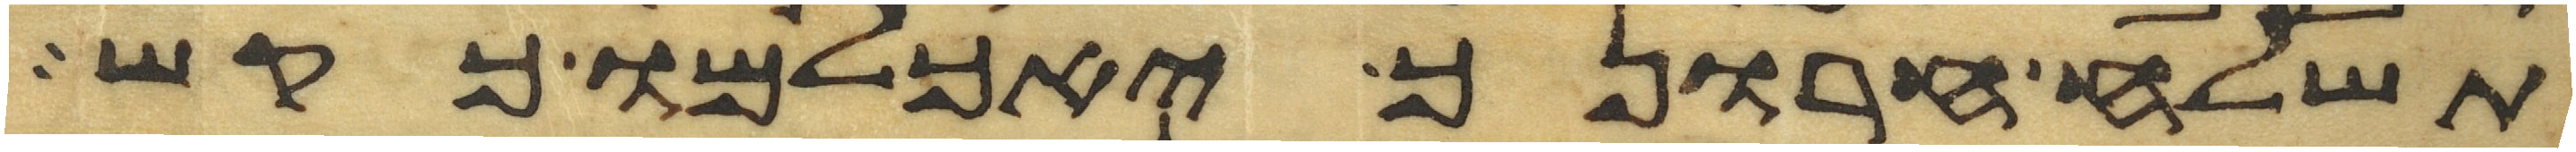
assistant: תשלח חרונך יאכלמו כקש